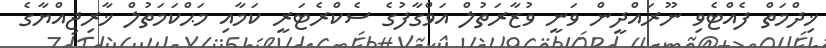
ޚިދްމަތް ފެއްޓެވި ނޫރައްދީން ވަނީ ވުޒާރަތުލް އަވްގާފުގެ ސެކްރެޓަރީ ކަމާއި މަޙްކަމަތުލް ޚާރިޖިއްޔާގެ